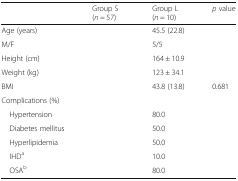
<table><thead><tr><td>[EMPTY_CELL]</td><td><b>Group S(<i>n</i> = 57)</b></td><td><b>Group L(<i>n</i> = 10)</b></td><td><b><i>p</i> value</b></td></tr></thead><tbody><tr><td>Age (years)</td><td>[EMPTY_CELL]</td><td>45.5 (22.8)</td><td>[EMPTY_CELL]</td></tr><tr><td>M/F</td><td>[EMPTY_CELL]</td><td>5/5</td><td>[EMPTY_CELL]</td></tr><tr><td>Height (cm)</td><td>[EMPTY_CELL]</td><td>164 ± 10.9</td><td>[EMPTY_CELL]</td></tr><tr><td>Weight (kg)</td><td>[EMPTY_CELL]</td><td>123 ± 34.1</td><td>[EMPTY_CELL]</td></tr><tr><td>BMI</td><td>[EMPTY_CELL]</td><td>43.8 (13.8)</td><td>0.681</td></tr><tr><td colspan="4">Complications (%)</td></tr><tr><td> Hypertension</td><td>[EMPTY_CELL]</td><td>80.0</td><td>[EMPTY_CELL]</td></tr><tr><td> Diabetes mellitus</td><td>[EMPTY_CELL]</td><td>50.0</td><td>[EMPTY_CELL]</td></tr><tr><td> Hyperlipidemia</td><td>[EMPTY_CELL]</td><td>50.0</td><td>[EMPTY_CELL]</td></tr><tr><td> IHD<sup>a</sup></td><td>[EMPTY_CELL]</td><td>10.0</td><td>[EMPTY_CELL]</td></tr><tr><td> OSA<sup>b</sup></td><td>[EMPTY_CELL]</td><td>80.0</td><td>[EMPTY_CELL]</td></tr></tbody></table>